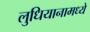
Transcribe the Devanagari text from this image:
लुधियानामध्ये